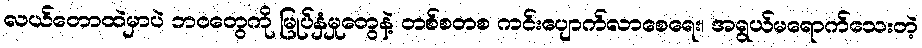
လယ်တောထဲမှာပဲ ဘဝတွေကို မြုပ်နှံမှုတွေနဲ့ တစ်စတစ ကင်းပျောက်လာစေရေး၊ အရွယ်မရောက်သေးတဲ့